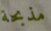
مذبحة